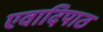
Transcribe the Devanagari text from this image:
एवादिपाठ